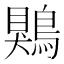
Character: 鶪